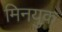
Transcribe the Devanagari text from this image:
मिनयुक